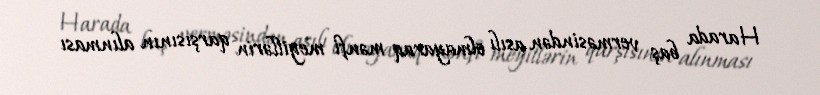
Harada baş verməsindən asılı olmayaraq mənfi meyillərin qarşısının alınması